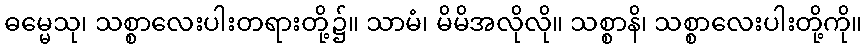
ဓမ္မေသု၊ သစ္စာလေးပါးတရားတို့၌။ သာမံ၊ မိမိအလိုလို။ သစ္စာနိ၊ သစ္စာလေးပါးတို့ကို။